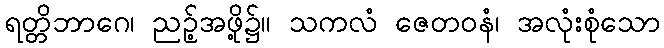
ရတ္တိဘာဂေ၊ ညဉ့်အဖို့၌။ သကလံ ဇေတဝနံ၊ အလုံးစုံသော